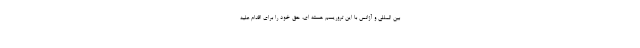
بین المللی و آژانس با این تروریسم هسته ای، حق خود را برای اقدام علیه